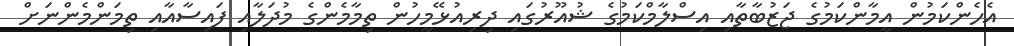
އެހެންކަމުން އީމާންކަމުގެ ޖަޒުބާތާއި އިސްލާމްކަމުގެ ޝުއޫރުގައި ދިރިއުޅޭމީހުން ތިމާމެންގެ މުދަލާއި ފައިސާއާއި ތިމަންމެންނަށް